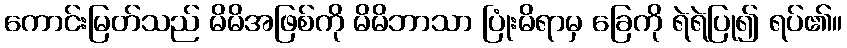
ကောင်းမြတ်သည် မိမိအဖြစ်ကို မိမိဘာသာ ပြုံးမိရာမှ ခြေကို ရဲရဲပြု၍ ရပ်၏။